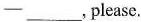
---__,please.